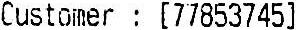
CUSTOMER : [77853745]